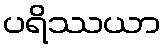
ပရိဿယာ